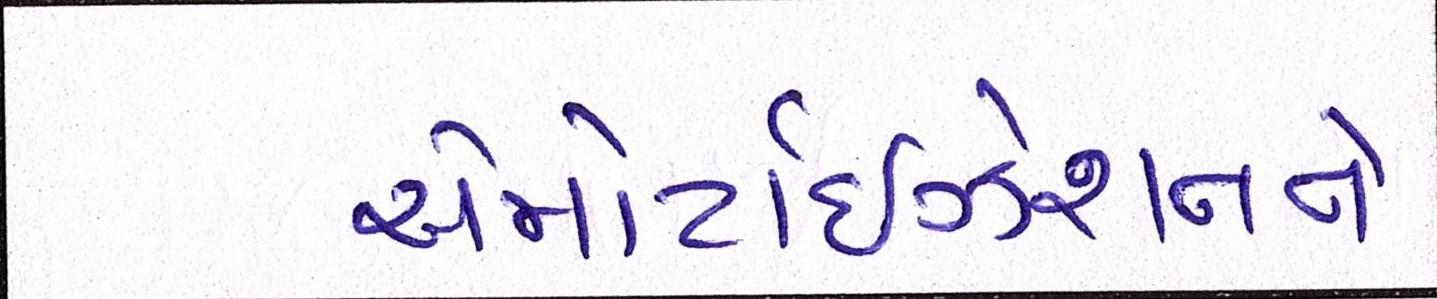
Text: એમોર્ટાઇઝેશનને